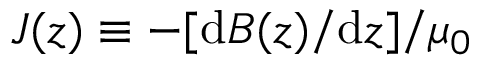
J ( z ) \equiv - [ \mathrm { d } B ( z ) / \mathrm { d } z ] / \mu _ { 0 }